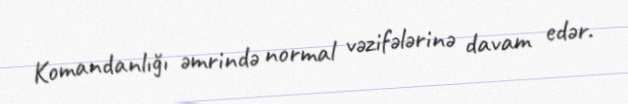
Komandanlığı əmrində normal vəzifələrinə davam edər.